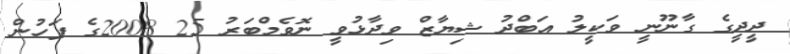
ދީދީގެ ގާނޫނީ ވަކީލު އަބްދު ޝިޔާޒް ވިދާޅުވީ ނޮވެމްބަރު 25 2008ގެ ފަހުން